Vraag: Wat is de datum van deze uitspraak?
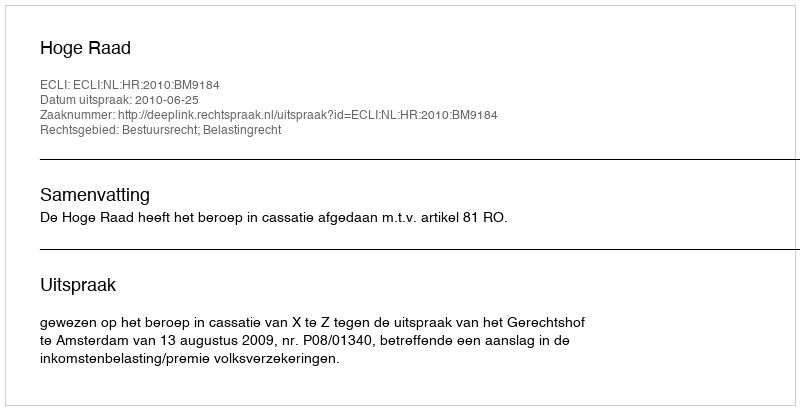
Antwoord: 2010-06-25